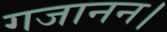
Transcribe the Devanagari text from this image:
गजानन।